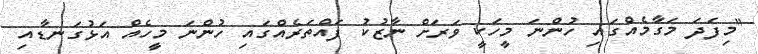
"މިފަދަ މަގާމެއްގައި ހުންނަ މީހަކީ ވަރަށް ނާޒުކު ފައްތަރެއްގައި ހުންނަ މީހެއް އަޅުގަނޑާއި